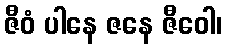
ဇီဝံ ပါနေ ဇနေ ဇီဝေါ၊